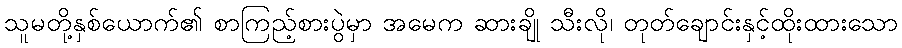
သူမတို့နှစ်ယောက်၏ စာကြည့်စားပွဲမှာ အမေက ဆားချို သီးလို၊ တုတ်ချောင်းနှင့်ထိုးထားသော